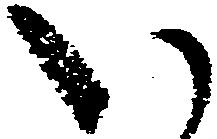
い